Indian journal of veterinary science and animal husbandry - Volumes 28-29, 1958-1959
Year: 1958
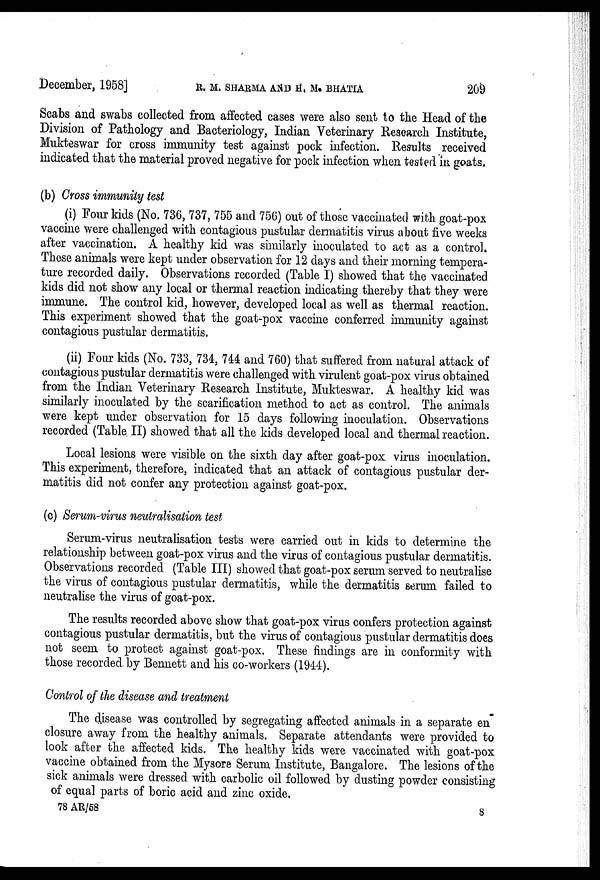
December, 1958] R. M. SHARMA AND H. M. BHATIA 209
Scabs and swabs collected from affected cases were also sent to the Head of the
Division of Pathology and Bacteriology, Indian Veterinary Research Institute,
Mukteswar for cross immunity test against pock infection. Results received
indicated that the material proved negative for pock infection when tested in goats.
(b) Cross immunity test
(i) Four kids (No. 736, 737, 755 and 756) out of those vaccinated with goat-pox
vaccine were challenged with contagious pustular dermatitis virus about five weeks
after vaccination. A healthy kid was similarly inoculated to act as a control.
These animals were kept under observation for 12 days and their morning tempera-
ture recorded daily. Observations recorded (Table I) showed that the vaccinated
kids did not show any local or thermal reaction indicating thereby that they were
immune. The control kid, however, developed local as well as thermal reaction.
This experiment showed that the goat-pox vaccine conferred immunity against
contagious pustular dermatitis.
(ii) Four kids (No. 733, 734, 744 and 760) that suffered from natural attack of
contagious pustular dermatitis were challenged with virulent goat-pox virus obtained
from the Indian Veterinary Research Institute, Mukteswar. A healthy kid was
similarly inoculated by the scarification method to act as control. The animals
were kept under observation for 15 days following inoculation. Observations
recorded (Table. II) showed that all the kids developed local and thermal reaction.
Local lesions were visible on the sixth day after goat-pox virus inoculation.
This experiment, therefore, indicated that an attack of contagious pustular der-
matitis did not confer any protection against goat-pox.
(c) Serum-virus neutralisation test
Serum-virus neutralisation tests were carried out in kids to determine the
relationship between goat-pox virus and the virus of contagious pustular dermatitis.
Observations recorded (Table III) showed that goat-pox serum served to neutralise
the virus of contagious pustular dermatitis, while the dermatitis serum failed to
neutralise the virus of goat-pox.
The results recorded above show that goat-pox virus confers protection against
contagious pustular dermatitis, but the virus of contagious pustular dermatitis does
not seem to protect against goat-pox. These findings are in conformity with
those recorded by Bennett and his co-workers (1944).
Control of the disease and treatment
The disease was controlled by segregating affected animals in a separate en
closure away from the healthy animals. Separate attendants were provided to
look after the affected kids. The healthy kids were vaccinated with goat-pox
vaccine obtained from the Mysore Serum Institute, Bangalore. The lesions of the
sick animals were dressed with carbolic oil followed by dusting powder consisting
of equal parts of boric acid and zinc oxide.
78 AR/58
8